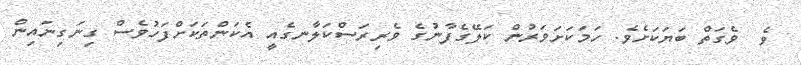
ވެ  ވެގަތް ބަޔަކަށެވެ. ހަމަކަށަވަރުން ކަލޭގެފާނުގެ ވެރިރަސްކަލާނގެއީ އެކަންތަކަށްފަހުވެސް ގިނަގިނައިން